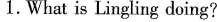
1.What is Lingling doing?